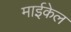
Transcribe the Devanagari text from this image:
माईकेल